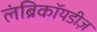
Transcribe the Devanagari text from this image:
लंब्रिकॉयडीज़